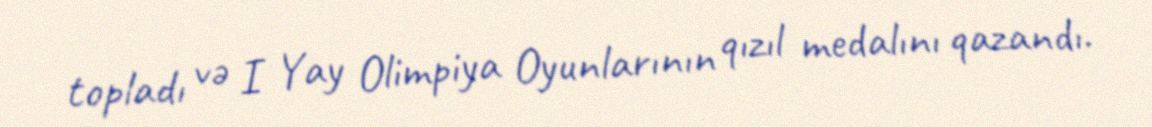
topladı və I Yay Olimpiya Oyunlarının qızıl medalını qazandı.